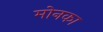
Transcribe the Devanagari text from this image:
मोनका